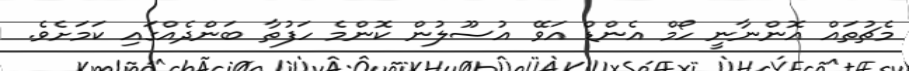
މެޗުތައް އޮންނާނީ ހޯމް އެެންޑް އަވޭ އުސޫލުން ކޮންމެ ހަފުތާ ބަންދެއްގައި ކަމަށެވެ.